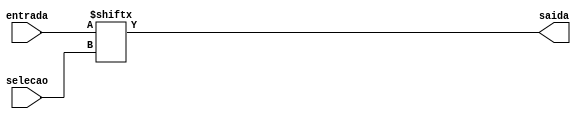
module mux8(
	input[7:0] entrada,
	input[2:0] selecao,
	output saida
);

assign saida = entrada[selecao];
endmodule